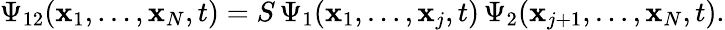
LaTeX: \Psi_{12}({\mathbf x}_{1},\ldots,{\mathbf x}_{N},t)=S\, \Psi_{1}({\mathbf x}_{1},\ldots,{\mathbf x}_{j},t)\, \Psi_{2}({\mathbf x}_{j+1},\ldots,{\mathbf x}_{N},t).